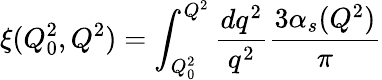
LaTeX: \xi(Q_{0}^{2},Q^{2})=\int_{Q_{0}^{2}}^{Q^{2}}\frac{dq^{2}}{q^{2}}\frac{3\alpha_{s}(Q^{2})}{\pi}